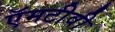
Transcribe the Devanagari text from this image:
ऍमटीवी